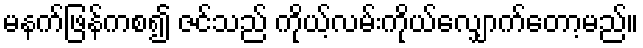
မနက်ဖြန်ကစ၍ ဇင်သည် ကိုယ့်လမ်းကိုယ်လျှောက်တော့မည်။